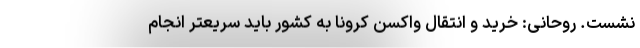
نشست. روحانی: خرید و انتقال واکسن کرونا به کشور باید سریعتر انجام